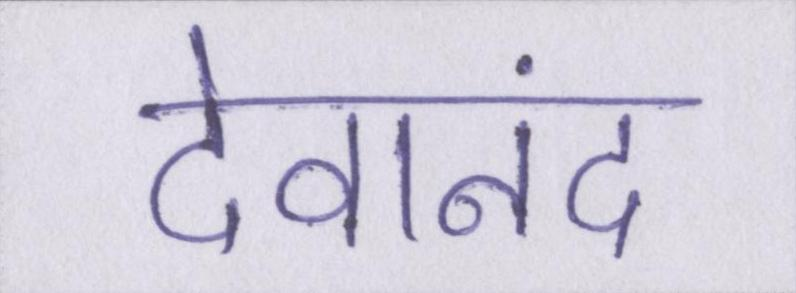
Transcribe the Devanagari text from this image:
देवानंद